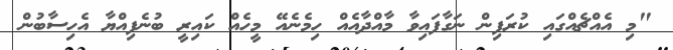
"މި އެއްޗެއްގައި ކުރަފިން ނަގާފައިވާ މާއްދާއެއް ހިމެނެއޭ މީހެއް ކައިރީ ބުނެފިއްޔާ އެހިސާބުން